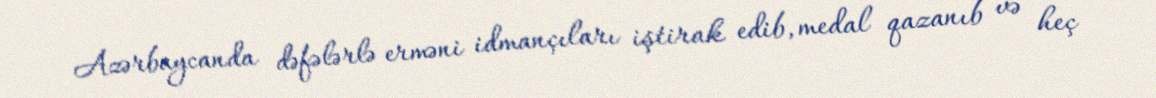
Azərbaycanda dəfələrlə erməni idmançıları iştirak edib, medal qazanıb və heç